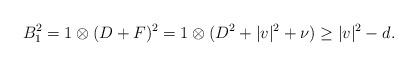
LaTeX: \begin{align*}B_1^2 = 1 \otimes (D+F)^2 = 1 \otimes (D^2 + |v|^2 + \nu) \geq |v|^2- d.\end{align*}